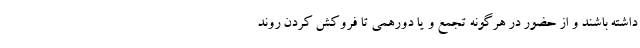
داشته باشند و از حضور در هرگونه تجمع و یا دورهمی تا فروکش کردن روند